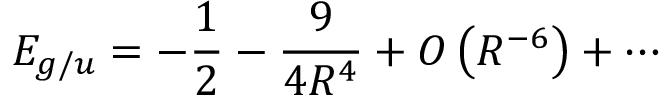
E _ { g / u } = - { \frac { 1 } { 2 } } - { \frac { 9 } { 4 R ^ { 4 } } } + O \left( R ^ { - 6 } \right) + \cdots